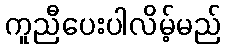
ကူညီပေးပါလိမ့်မည်